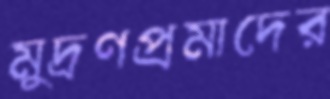
মুদ্রণপ্রমাদের